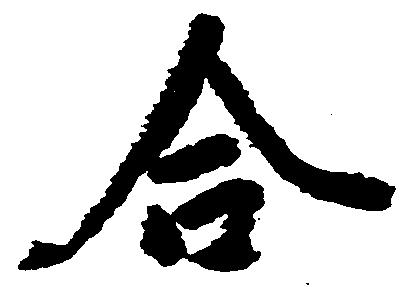
合